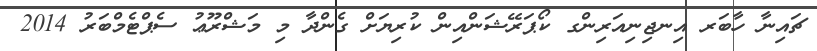
ޗައިނާ ހާބަރ އިނޖިނިއަރިންގ ކޯޕަރޭޝަންއިން ކުރިޔަށް ގެންދާ މި މަޝްރޫޢު ސެޕްޓެމްބަރު 2014